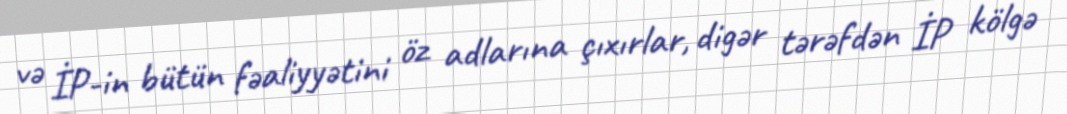
və İP-in bütün fəaliyyətini öz adlarına çıxırlar, digər tərəfdən İP kölgə